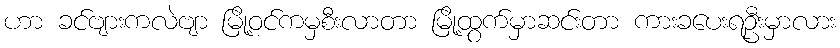
ဟာ ခင်ဗျားကလဲဗျာ မြို့ဝင်ကမှစီးလာတာ မြို့ထွက်မှာဆင်းတာ ကားခပေးရဦးမှာလား